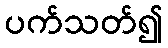
ပက်သတ်၍